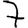
Digit: 7